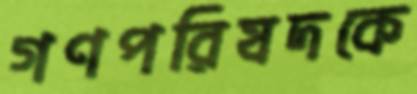
গণপরিষদকে